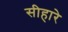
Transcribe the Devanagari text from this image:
सीहारे